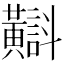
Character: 𪏡